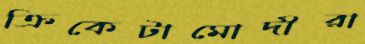
ক্রিকেটামোদীরা